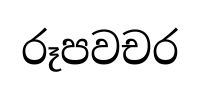
රූපවචර